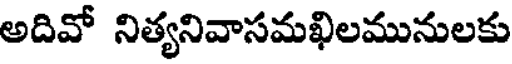
అదివో నిత్యనివాసమఖిలమునులకు